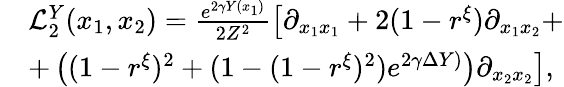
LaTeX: \begin{array}{rl}&{\mathcal L_{2}^{Y}(x_{1},x_{2})=\frac{e^{2\gamma Y(x_{1})}}{2Z^{2}}\left[\partial_{x_{1}x_{1}}+2(1-r^{\xi})\partial_{x_{1}x_{2}}+\right.}\\ &{+\left.\left((1-r^{\xi})^{2}+(1-(1-r^{\xi})^{2})e^{2\gamma\Delta Y)}\right)\partial_{x_{2}x_{2}}\right],}\end{array}